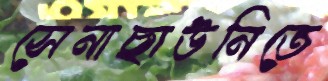
সেনাছাউনিতে